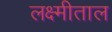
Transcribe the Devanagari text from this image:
लक्ष्मीताल